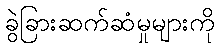
ခွဲခြားဆက်ဆံမှုများကို